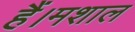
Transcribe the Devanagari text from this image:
हैं।मशाल